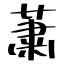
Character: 蕭